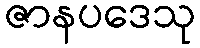
ဇာနပဒေသု